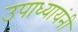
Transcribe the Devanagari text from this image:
उपाध्यायंनी